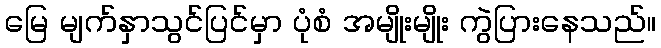
မြေ မျက်နှာသွင်ပြင်မှာ ပုံစံ အမျိုးမျိုး ကွဲပြားနေသည်။